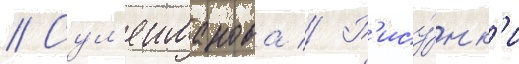
// Сул'еиманова // Р'ису́нк'и